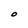
Character: O